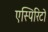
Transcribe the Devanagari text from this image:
एस्पिरिटो